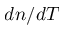
d n / d T